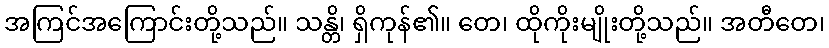
အကြင်အကြောင်းတို့သည်။ သန္တိ၊ ရှိကုန်၏။ တေ၊ ထိုကိုးမျိုးတို့သည်။ အတီတေ၊